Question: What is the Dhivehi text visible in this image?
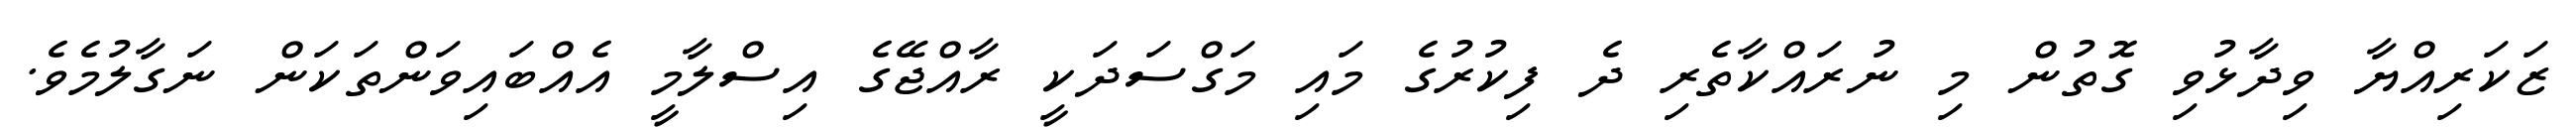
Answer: ޒަކަރިއްޔާ ވިދާޅުވި ގޮތުން މި ނުރައްކާތެރި ދެ ފިކުރުގެ މައި މަގްސަދަކީ ރާއްޖޭގެ އިސްލާމީ އެއްބައިވަންތަކަން ނަގާލުމެވެ.